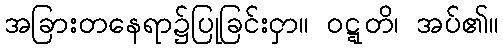
အခြားတနေရာ၌ပြုခြင်းငှာ။ ဝဋ္ဋတိ၊ အပ်၏။